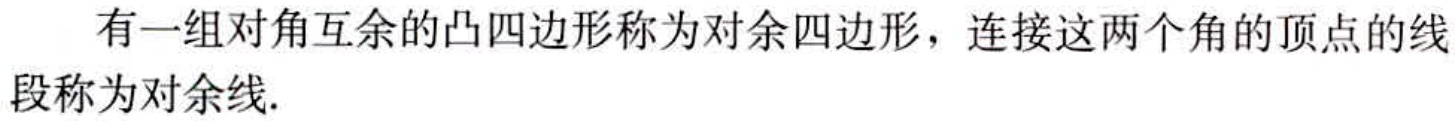
有一组对角互余的凸四边形称为对余四边形，连接这两个角的顶点的线段称为对余线.